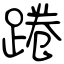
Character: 踡